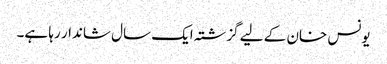
یونس خان کے لیے گزشتہ ایک سال شاندار رہا ہے۔